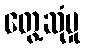
တွေ့ဆုံမှု